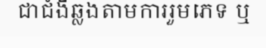
ជាជំងឺឆ្លងតាមការរួមភេទ ឬ